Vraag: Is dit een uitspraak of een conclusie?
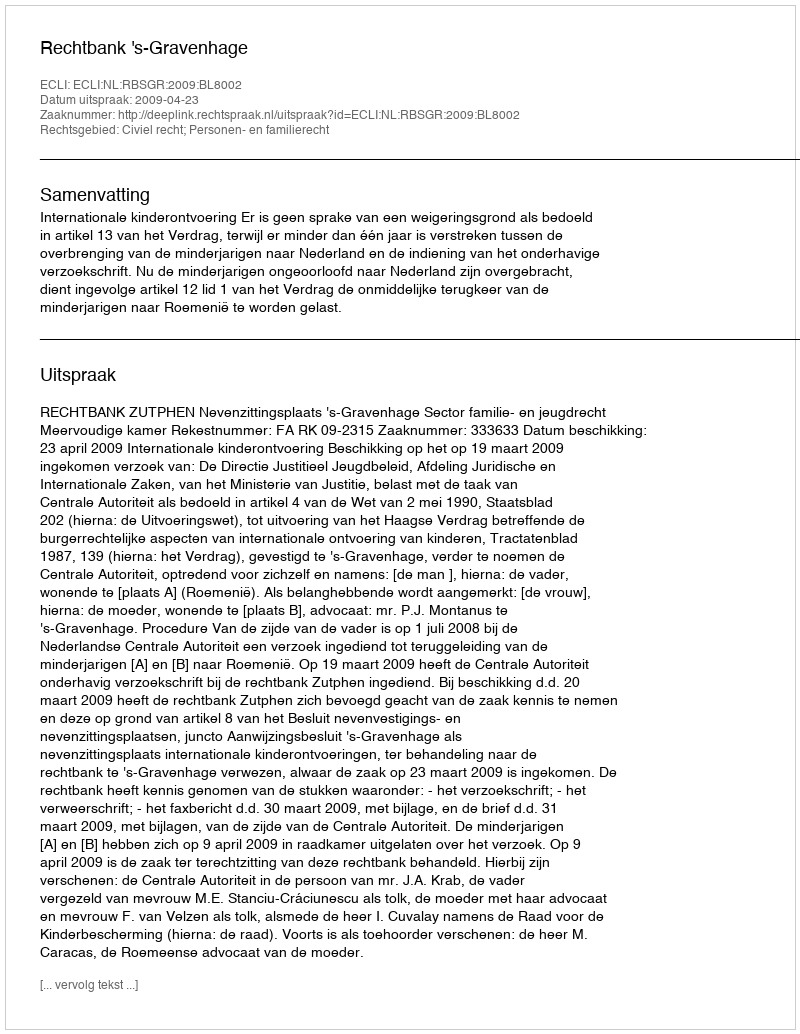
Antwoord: Uitspraak